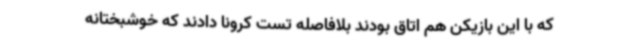
که با این بازیکن هم اتاق بودند بلافاصله تست کرونا دادند که خوشبختانه